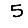
Digit: 5